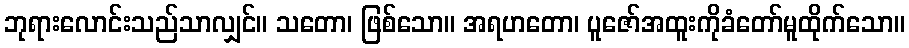
ဘုရားလောင်းသည်သာလျှင်။ သတော၊ ဖြစ်သော။ အရဟတော၊ ပူဇော်အထူးကိုခံတော်မူထိုက်သော။